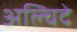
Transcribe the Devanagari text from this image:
अल्चिदे